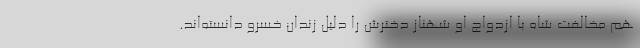
هم مخالفت شاه با ازدواج او شهناز دخترش را دلیل زندان خسرو دانسته‌اند.